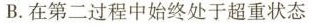
B. 在第二过程中始终处于超重状态